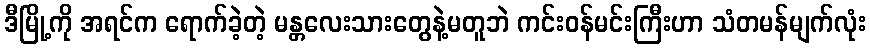
ဒီမြို့ကို အရင်က ရောက်ခဲ့တဲ့ မန္တလေးသားတွေနဲ့မတူဘဲ ကင်းဝန်မင်းကြီးဟာ သံတမန်မျက်လုံး